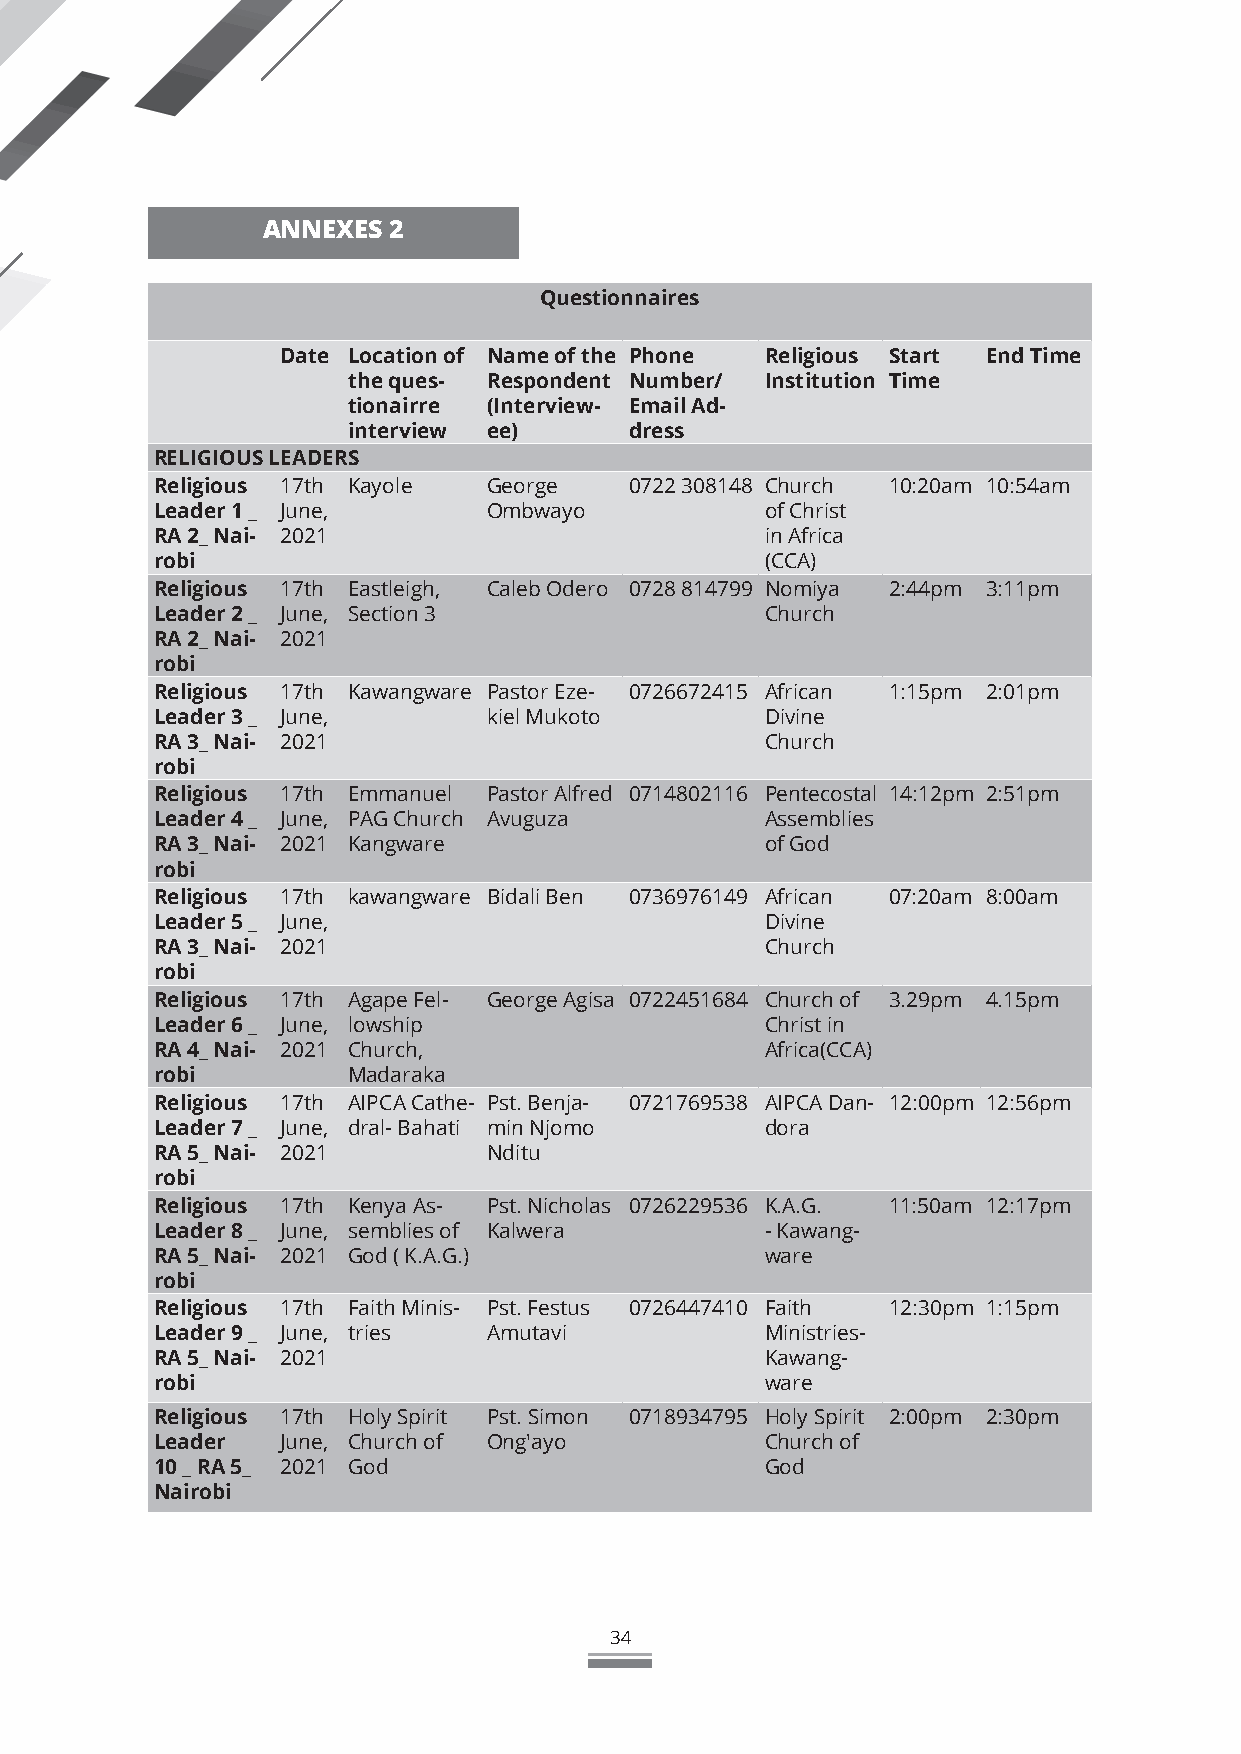
ANNEXES  2
 Questionnaires
 Date Location of Name of the Phone Religious Start End Time
 the ques- Respondent Number/ Institution Time
 tionairre (Interview- Email Ad-
 interview ee)      dress
 RELIGIOUS LEADERS
 Religious 17th Kayole George    0722 308148 Church 10:20am 10:54am
 Leader 1 _ June,      Ombwayo            of Christ
 RA 2_ Nai- 2021                          in Africa
 robi                                     (CCA)
 Religious 17th Eastleigh, Caleb Odero 0728 814799 Nomiya 2:44pm 3:11pm
 Leader 2 _ June, Section 3               Church
 RA 2_ Nai- 2021
 robi
 Religious 17th Kawangware Pastor Eze- 0726672415 African 1:15pm 2:01pm
 Leader 3 _ June,      kiel Mukoto        Divine
 RA 3_ Nai- 2021                          Church
 robi
 Religious 17th Emmanuel Pastor Alfred 0714802116 Pentecostal 14:12pm 2:51pm
 Leader 4 _ June, PAG Church Avuguza      Assemblies
 RA 3_ Nai- 2021 Kangware                 of God
 robi
 Religious 17th kawangware Bidali Ben 0736976149 African 07:20am 8:00am
 Leader 5 _ June,                         Divine
 RA 3_ Nai- 2021                          Church
 robi
 Religious 17th Agape Fel- George Agisa 0722451684 Church of 3.29pm 4.15pm
 Leader 6 _ June, lowship                 Christ in
 RA 4_ Nai- 2021 Church,                  Africa(CCA)
 robi         Madaraka
 Religious 17th AIPCA Cathe- Pst. Benja- 0721769538 AIPCA Dan- 12:00pm 12:56pm
 Leader 7 _ June, dral- Bahati min Njomo  dora
 RA 5_ Nai- 2021       Nditu
 robi
 Religious 17th Kenya As- Pst. Nicholas 0726229536 K.A.G. 11:50am 12:17pm
 Leader 8 _ June, semblies of Kalwera     - Kawang-
 RA 5_ Nai- 2021 God ( K.A.G.)            ware
 robi
 Religious 17th Faith Minis- Pst. Festus 0726447410 Faith 12:30pm 1:15pm
 Leader 9 _ June, tries Amutavi           Ministries-
 RA 5_ Nai- 2021                          Kawang-
 robi                                     ware
 Religious 17th Holy Spirit Pst. Simon 0718934795 Holy Spirit 2:00pm 2:30pm
 Leader   June, Church of Ong'ayo         Church of
 10 _ RA 5_ 2021 God                      God
 Nairobi
 34